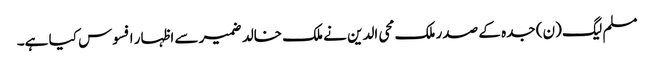
مسلم لیگ (ن) جدہ کے صدر ملک محی الدین نے ملک خالد ضمیر سے اظہار افسوس کیا ہے۔